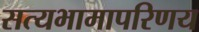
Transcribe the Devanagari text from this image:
सत्यभामापरिणय